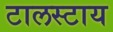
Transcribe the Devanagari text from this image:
टालस्‍टाय